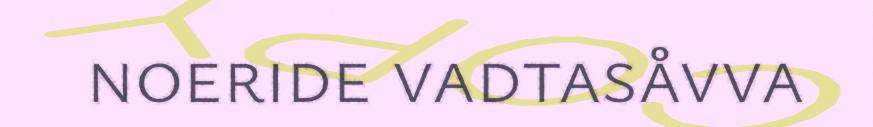
noeride vadtasåvva